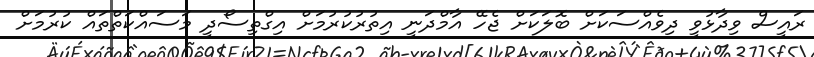
ރައީސް ވިދާޅުވީ ދިވެއްސަކަށް ބޮލަކަށް ޖެހޭ އާމްދަނީ އިތުރުކުރުމަށް އިގްތިސޯދީ މަސައްކަތްތައް ކުރުމަށް